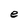
Character: e